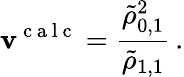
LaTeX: \mathbf{v}^{\mathrm{{~c~a~l~c~}}}=\frac{{\tilde{{\rho}}_{0,1}^{2}}}{{\tilde{{\rho}}_{1,1}}}\, .